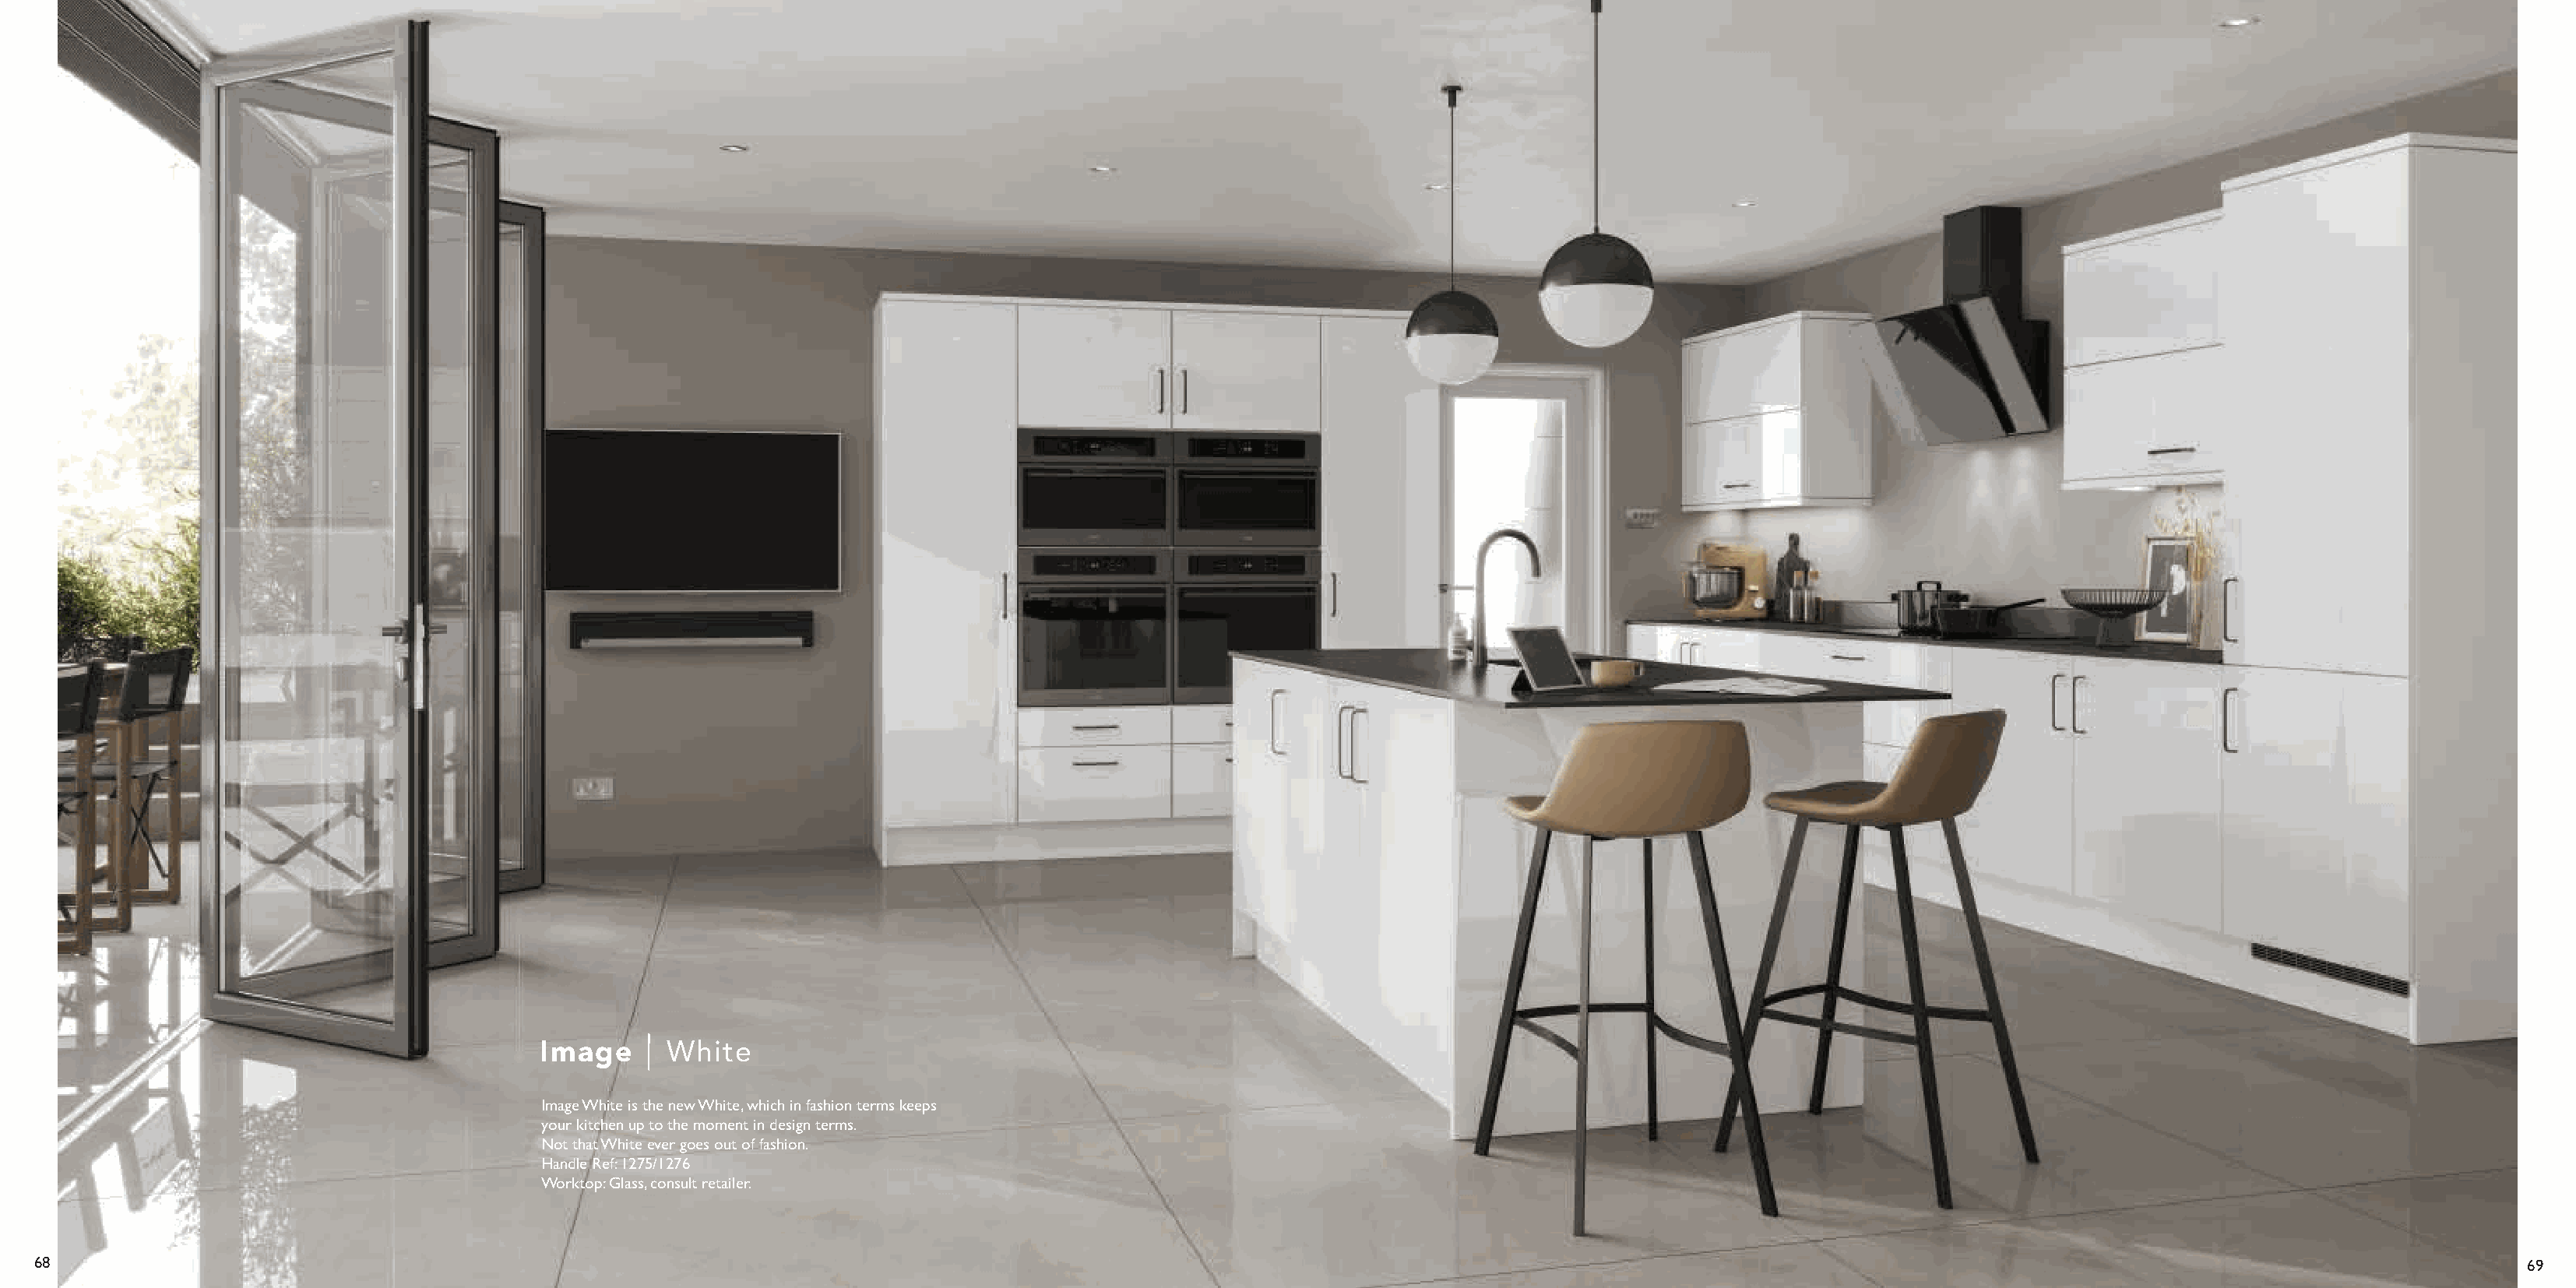
Image      White
 Image White is the new White, which in fashion terms keeps
 your kitchen up to the moment in design terms.
 Not that White ever goes out of fashion.
 Handle Ref: 1275/1276
 Worktop: Glass, consult retailer.
 68                                                                                                                                                                                                                  69